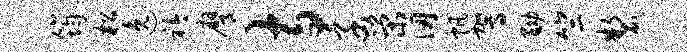
筠松逸衿膺寺函荣仞帆驾黝竺制